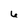
Character: 6